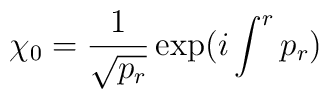
\chi_0 = {1\over\sqrt{p_r}}\exp(i\int^r p_r)